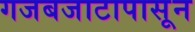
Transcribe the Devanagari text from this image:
गजबजाटापासून